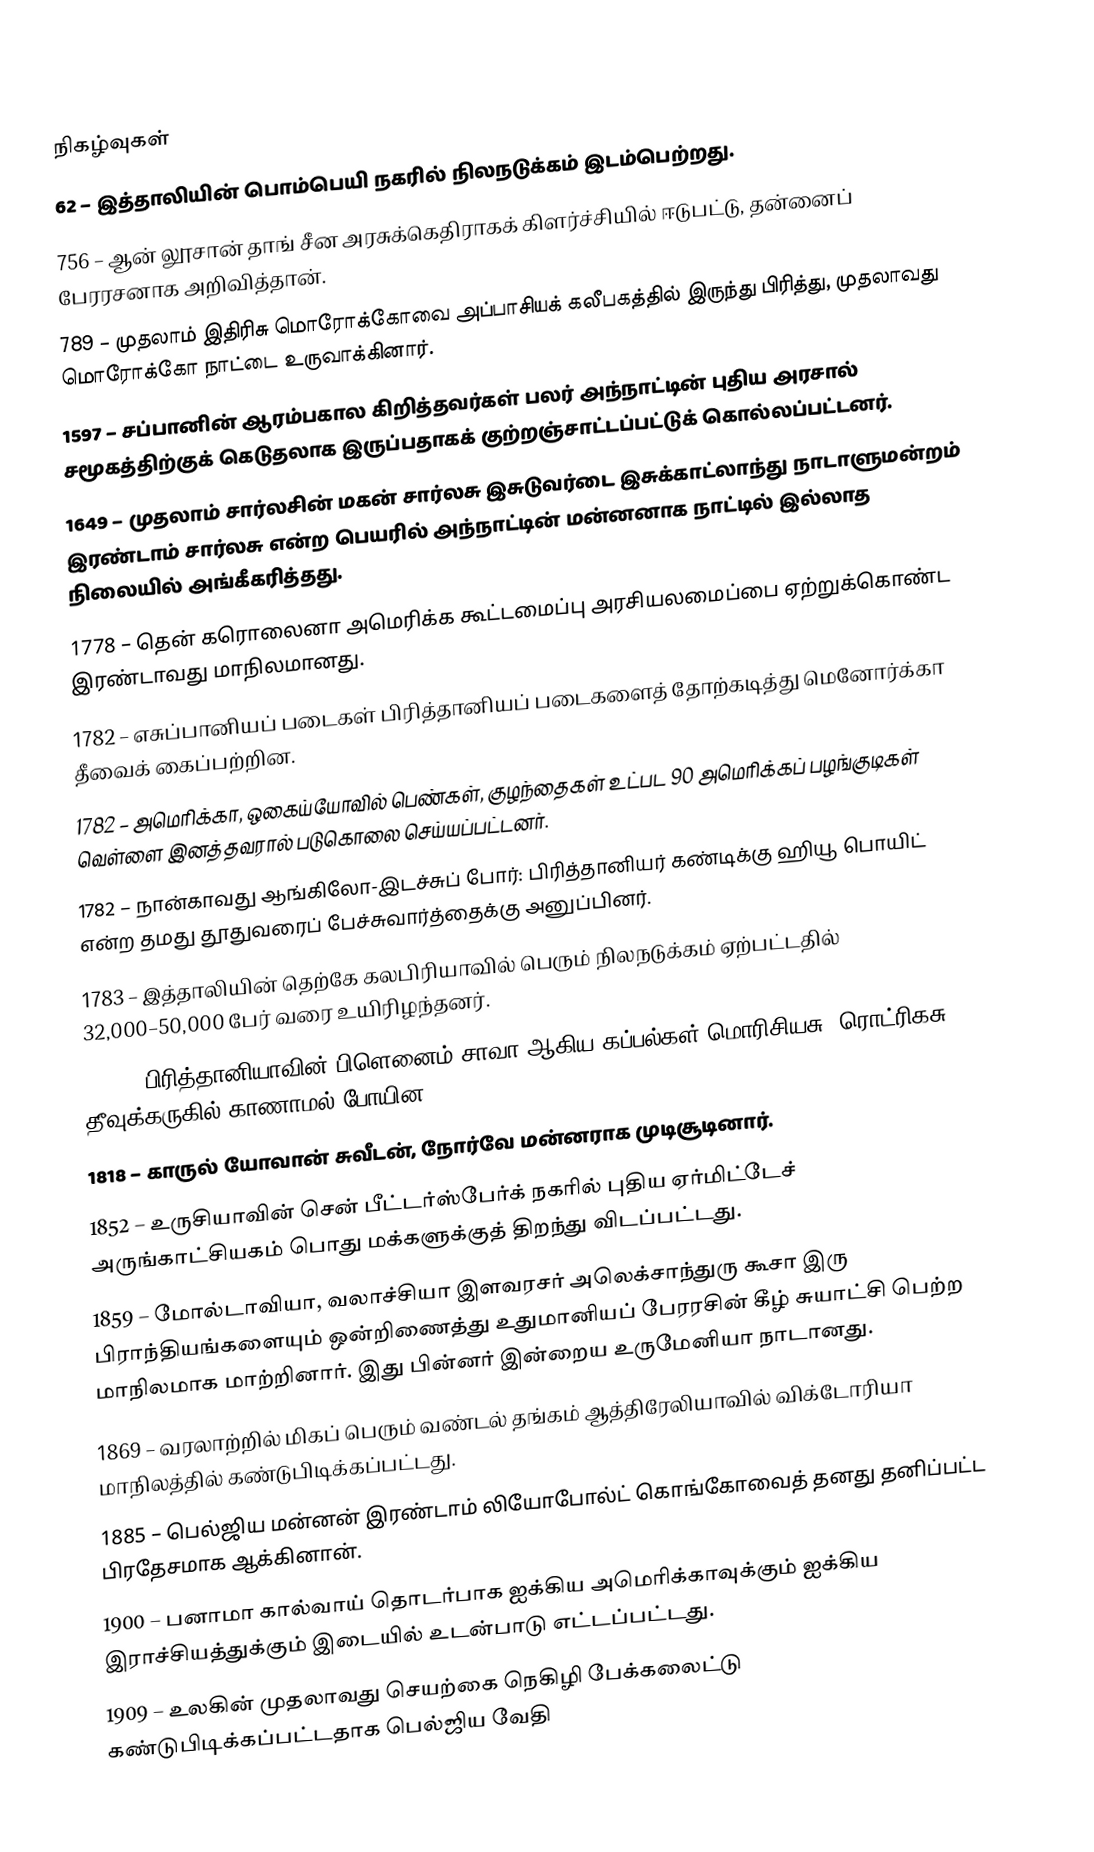

நிகழ்வுகள்
 62 – இத்தாலியின் பொம்பெயி நகரில் நிலநடுக்கம் இடம்பெற்றது.
 756 – ஆன் லூசான் தாங் சீன அரசுக்கெதிராகக் கிளர்ச்சியில் ஈடுபட்டு, தன்னைப் பேரரசனாக அறிவித்தான்.
 789 – முதலாம் இதிரிசு மொரோக்கோவை அப்பாசியக் கலீபகத்தில் இருந்து பிரித்து, முதலாவது மொரோக்கோ நாட்டை உருவாக்கினார்.
1597 – சப்பானின் ஆரம்பகால கிறித்தவர்கள் பலர் அந்நாட்டின் புதிய அரசால் சமூகத்திற்குக் கெடுதலாக இருப்பதாகக் குற்றஞ்சாட்டப்பட்டுக் கொல்லப்பட்டனர்.
1649 – முதலாம் சார்லசின் மகன் சார்லசு இசுடுவர்டை இசுக்காட்லாந்து நாடாளுமன்றம் இரண்டாம் சார்லசு என்ற பெயரில் அந்நாட்டின் மன்னனாக நாட்டில் இல்லாத நிலையில் அங்கீகரித்தது.
1778 – தென் கரொலைனா அமெரிக்க கூட்டமைப்பு அரசியலமைப்பை ஏற்றுக்கொண்ட இரண்டாவது மாநிலமானது.
1782 – எசுப்பானியப் படைகள் பிரித்தானியப் படைகளைத் தோற்கடித்து மெனோர்க்கா தீவைக் கைப்பற்றின.
1782 – அமெரிக்கா, ஒகைய்யோவில் பெண்கள், குழந்தைகள் உட்பட 90 அமெரிக்கப் பழங்குடிகள் வெள்ளை இனத்தவரால் படுகொலை செய்யப்பட்டனர்.
1782 – நான்காவது ஆங்கிலோ-இடச்சுப் போர்: பிரித்தானியர் கண்டிக்கு ஹியூ பொயிட் என்ற தமது தூதுவரைப் பேச்சுவார்த்தைக்கு அனுப்பினர்.
1783 – இத்தாலியின் தெற்கே கலபிரியாவில் பெரும் நிலநடுக்கம் ஏற்பட்டதில் 32,000–50,000 பேர் வரை உயிரிழந்தனர்.
1807 – பிரித்தானியாவின் பிளெனைம் சாவா ஆகிய கப்பல்கள் மொரிசியசு, ரொட்ரிகசு தீவுக்கருகில் காணாமல் போயின.
1818 – காருல் யோவான் சுவீடன், நோர்வே மன்னராக முடிசூடினார்.
1852 – உருசியாவின் சென் பீட்டர்ஸ்பேர்க் நகரில் புதிய ஏர்மிட்டேச் அருங்காட்சியகம் பொது மக்களுக்குத் திறந்து விடப்பட்டது.
1859 – மோல்டாவியா, வலாச்சியா இளவரசர் அலெக்சாந்துரு கூசா இரு பிராந்தியங்களையும் ஒன்றிணைத்து உதுமானியப் பேரரசின் கீழ் சுயாட்சி பெற்ற மாநிலமாக மாற்றினார். இது பின்னர் இன்றைய உருமேனியா நாடானது.
1869 – வரலாற்றில் மிகப் பெரும் வண்டல் தங்கம் ஆத்திரேலியாவில் விக்டோரியா மாநிலத்தில் கண்டுபிடிக்கப்பட்டது.
1885 – பெல்ஜிய மன்னன் இரண்டாம் லியோபோல்ட் கொங்கோவைத் தனது தனிப்பட்ட பிரதேசமாக ஆக்கினான்.
1900 – பனாமா கால்வாய் தொடர்பாக ஐக்கிய அமெரிக்காவுக்கும் ஐக்கிய இராச்சியத்துக்கும் இடையில் உடன்பாடு எட்டப்பட்டது.
1909 – உலகின் முதலாவது செயற்கை நெகிழி பேக்கலைட்டு கண்டுபிடிக்கப்பட்டதாக பெல்ஜிய வேதி